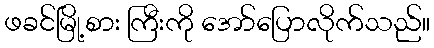
ဖခင်မြို့စား ကြီးကို အော်ပြောလိုက်သည်။